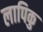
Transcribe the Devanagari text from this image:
लापिकु